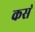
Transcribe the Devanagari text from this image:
कस॓